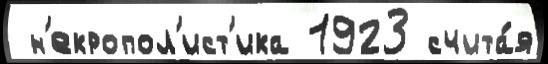
 н'екропол'ист'ика 1923 счита́я